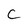
Character: C